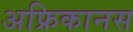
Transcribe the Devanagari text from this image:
अफ्रिकानस